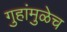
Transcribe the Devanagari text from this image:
गुहांमुळेच